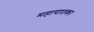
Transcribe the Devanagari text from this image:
महापातक।